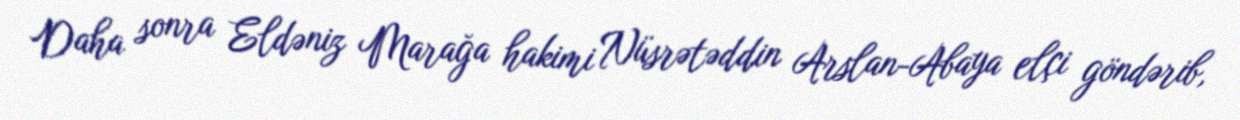
Daha sonra Eldəniz Marağa hakimi Nüsrətəddin Arslan-Abaya elçi göndərib,